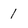
Character: 1